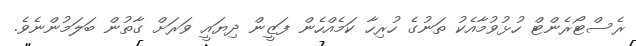
ރެސްޓޯރެންޓް ހުޅުވުމާއެކު ތަނުގެ ހުރިހާ ކަމެއްހެން ފަޒީން ދިޔައީ ވަރަށް ގާތުން ބަލަމުންނެވެ.